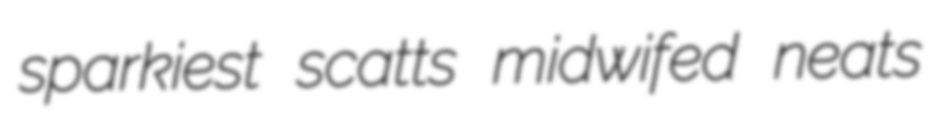
sparkiest scatts midwifed neats